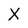
Character: X